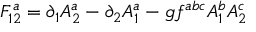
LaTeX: F _ { 1 2 } ^ { a } = \partial _ { 1 } A _ { 2 } ^ { a } - \partial _ { 2 } A _ { 1 } ^ { a } - g f ^ { a b c } A _ { 1 } ^ { b } A _ { 2 } ^ { c }